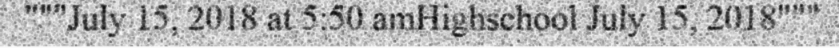
"""July 15, 2018 at 5:50 amHighschool July 15, 2018"""